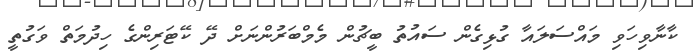
ކާނާވިހަވި މައްސަލައާ ގުޅިގެން ސައުތު ބީޗުން މެމްބަރުންނަށް ދޭ ކޭޓަރިންގެ ހިދުމަތް ވަގުތީ